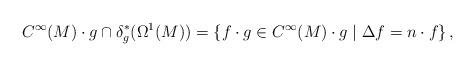
LaTeX: \begin{align*}C^{\infty}(M)\cdot g\cap \delta_{g}^{*}(\Omega^1(M))=\left\{f\cdot g\in C^{\infty}(M)\cdot g\mid\Delta f=n\cdot f\right\},\end{align*}